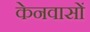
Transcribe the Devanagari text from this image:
केनवासों